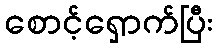
စောင့်ရှောက်ပြီး